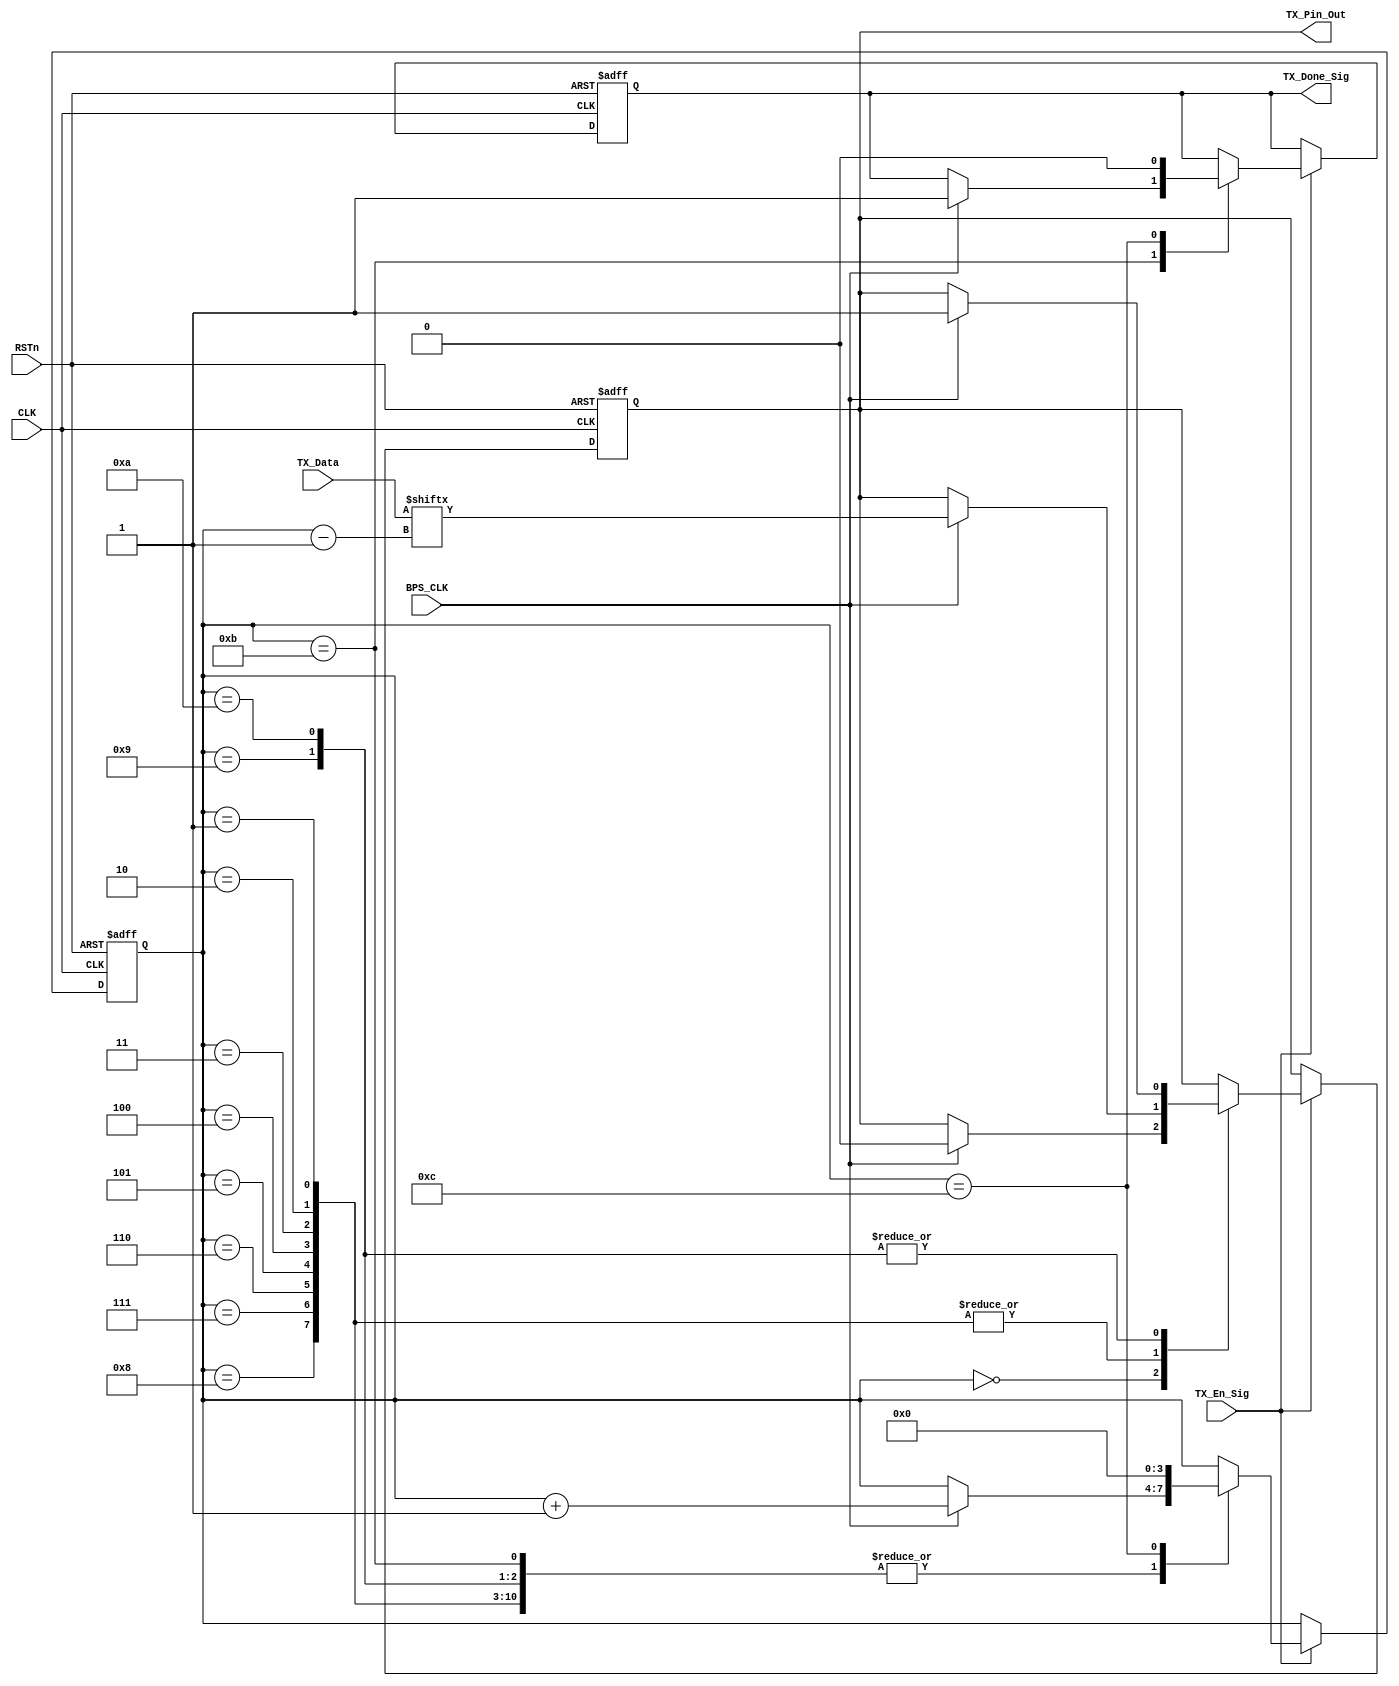
module tx_control_module
(
    CLK, RSTn, TX_En_Sig, BPS_CLK, TX_Data, TX_Done_Sig, TX_Pin_Out
	 
);

    input CLK;
	 input RSTn;
	 
	 input TX_En_Sig;
	 input BPS_CLK;
	 input [7:0]TX_Data;
	 
	 output TX_Done_Sig;
	 output TX_Pin_Out;
	 
	 /********************************************************/

	 reg [3:0]State;
	 reg rTX;		//"r" means register			
	 reg isDone;
	
	 always @ ( posedge CLK or negedge RSTn )
		begin
	     if( !RSTn )
		      begin
		          State <= 4'd0;
					 rTX <= 1'b1;
					 isDone 	<= 1'b0;
				end
		  else if( TX_En_Sig )		//While TX_En_Sig = 1, Transmit is Allowed 
		      case ( State )
				
			       4'd0 : //TX
						if( BPS_CLK ) 
							begin 
								State <= State + 1'b1; 
								rTX <= 1'b0;
							end
					 
					 4'd1, 4'd2, 4'd3, 4'd4, 4'd5, 4'd6, 4'd7, 4'd8 : //TXTX_Data
						if( BPS_CLK ) 
							begin 
								State <= State + 1'b1;
								rTX <= TX_Data[ State - 1 ]; //Transmit TX_Data[0] - TX_Data[7]
							end
					 
					 4'd9 :
						 if( BPS_CLK ) 
							 begin 
								 State <= State + 1'b1;
								 rTX <= 1'b1;
							 end
					 			 
					 4'd10 :
						 if( BPS_CLK ) 
							 begin 
								 State <= State + 1'b1; 
								 rTX <= 1'b1;
							 end
					 
					 4'd11 :
						 if( BPS_CLK ) 
							 begin 
								 State <= State + 1'b1; 
								 isDone <= 1'b1; 
							 end
					 
					 4'd12 :
						begin 
							State <= 1'b0; 
							isDone <= 1'b0; 
						end
						
				endcase
		  else
				rTX <= rTX;
		end
    /********************************************************/
	 
	 assign TX_Pin_Out = rTX;
	 assign TX_Done_Sig = isDone;
	 
	 /*********************************************************/
	 
endmodule